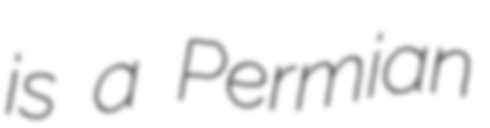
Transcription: is a Permian